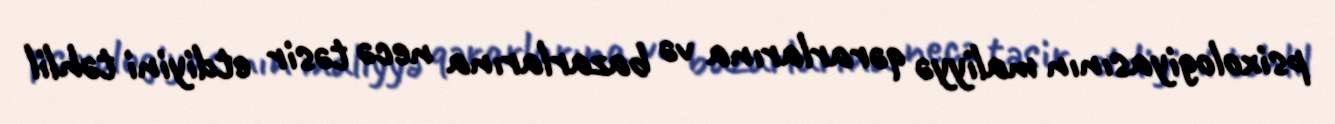
psixologiyasının maliyyə qərarlarına və bazarlarına necə təsir etdiyini təhlil